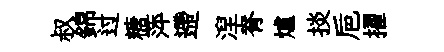
叔錦过糖萍遰湼脊爐掞巵擢